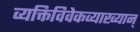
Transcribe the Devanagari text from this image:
व्यक्तिविवेकव्याख्यान्‌